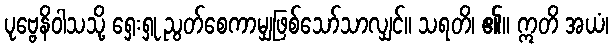
ပုဗ္ဗေနိဝါသသို့ ရှေးရှု ညွတ်စေကာမျှဖြစ်သော်သာလျှင်။ သရတိ၊ ၏။ ဣတိ အယံ၊